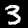
Digit: 3